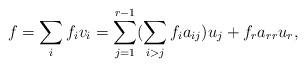
LaTeX: \begin{align*}f=\sum_{i}f_iv_i=\sum_{j=1}^{r-1}(\sum_{i>j}f_ia_{ij})u_j+f_ra_{rr}u_r,\end{align*}